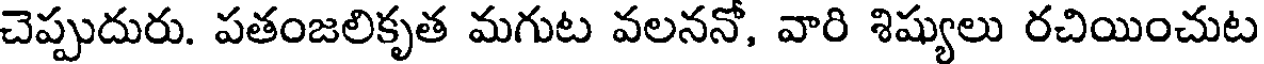
చెప్పుదురు. పతంజలికృత మగుట వలననో, వారి శిష్యులు రచియించుట